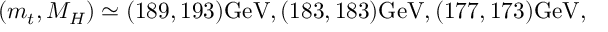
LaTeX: ( m _ { t } , M _ { H } ) \simeq ( 1 8 9 , 1 9 3 ) \mathrm { G e V } , ( 1 8 3 , 1 8 3 ) \mathrm { G e V } , ( 1 7 7 , 1 7 3 ) \mathrm { G e V } ,